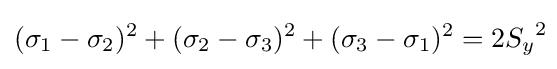
{(\sigma _{1}-\sigma _{2})^{2}+(\sigma _{2}-\sigma _{3})^{2}+(\sigma _{3}-\sigma _{1})^{2}=2{S_{y}}^{2}}\!